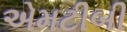
એમટીબી